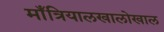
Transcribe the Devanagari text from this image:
माँत्रियालखालोखाल